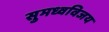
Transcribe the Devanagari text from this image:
सुमध्वविजय